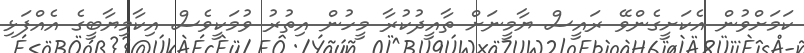
ކަމަށްވުން އެކަށީގެންވޭ ރައީސް ޔާމީނަށް ތާއީދުކުރާ މީހުން އިތުރު ވުމަކީވެސް އިކާމިޔާބީގެ އެއްފަޅި